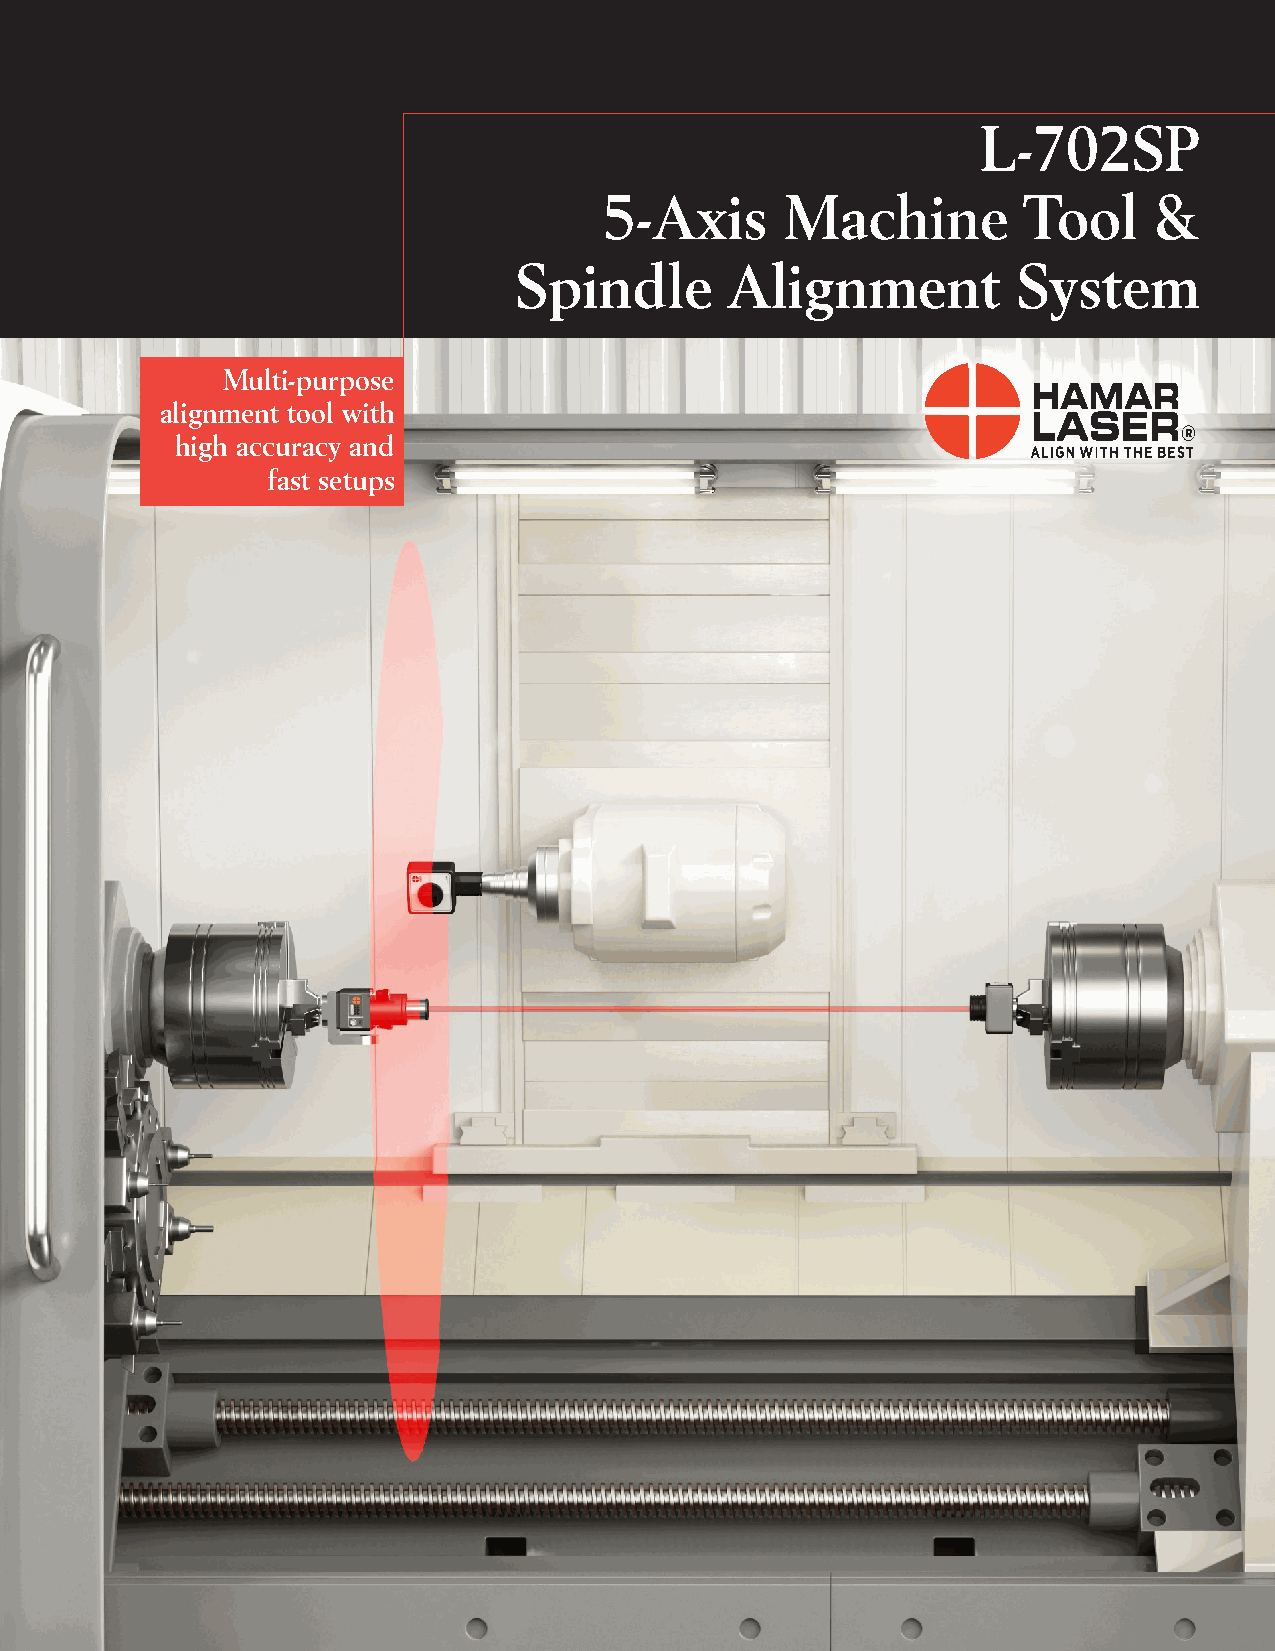
L-702SP
 5-Axis      Machine         Tool    &
 Spindle       Alignment          System
 Multi-purpose
 alignment tool with
 high accuracy and
 fast setups